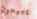
يبيعون